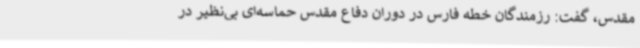
مقدس، گفت: رزمندگان خطه فارس در دوران دفاع مقدس حماسه‌ای بی‌نظیر در